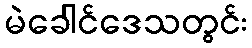
မဲခေါင်ဒေသတွင်း